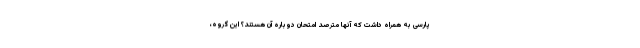
پارسی به همراه داشت که آنها مترصدِ امتحان دوباره آن هستند؟ این گروه،